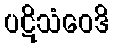
ပဋိသံဝေဒိ